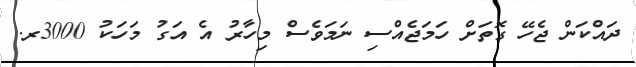
ދައްކަން ޖެހޭ ގޮތަށް ހަމަޖެއްސި ނަމަވެސް މިހާރު އެ އަގު މަހަކު 3000ރ.